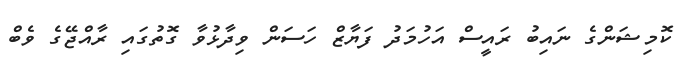
ކޮމިޝަންގެ ނައިބު ރައީސް އަހުމަދު ފަޔާޒް ހަސަން ވިދާޅުވާ ގޮތުގައި ރާއްޖޭގެ ވެބް